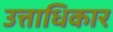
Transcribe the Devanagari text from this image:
उत्ताधिकार